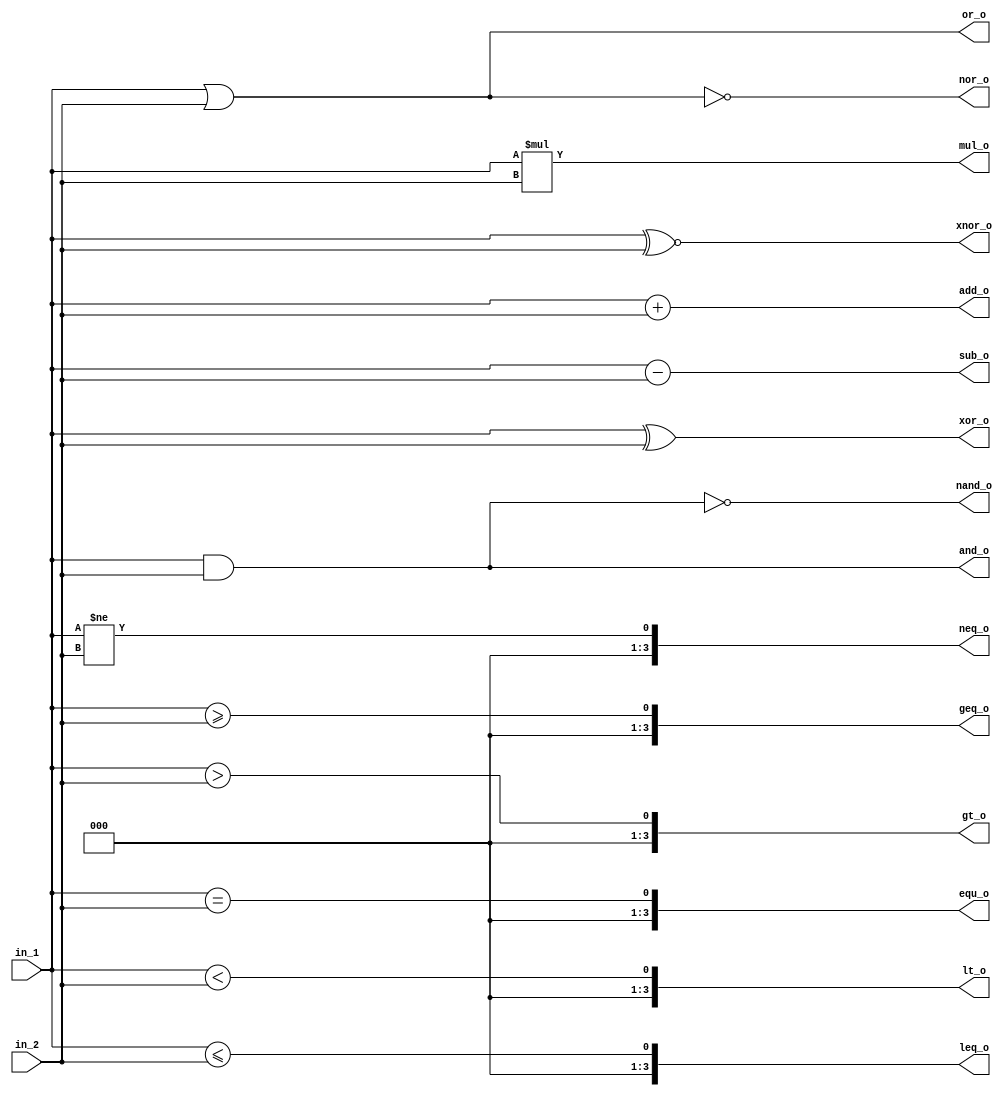
// This program was cloned from: https://github.com/haojunliu/OpenFPGA
// License: BSD 2-Clause "Simplified" License

`define BITS 4

module binops(
	in_1, in_2, 
	or_o, 
	nor_o, 
	and_o, 
	nand_o, 	
	xor_o,  
	xnor_o,

	add_o, 
	sub_o,
	
	mul_o, 
	//div_o, 

	equ_o, 
	neq_o, 

	gt_o, 
	lt_o,		
	geq_o, 
	leq_o
); 

input  [`BITS-1:0] in_1, in_2; 
output [`BITS-1:0] 
	or_o, 
	nor_o, 
	and_o, 
	nand_o, 	
	xor_o,  
	xnor_o,

	add_o, 
	sub_o,

	mul_o, 
	//div_o, 

	equ_o, 
	neq_o,

	gt_o, 
	lt_o,
	geq_o, 
	leq_o; 		


assign or_o    = in_1  | in_2; 
assign nor_o   = in_1 ~| in_2; 
assign and_o   = in_1  & in_2; 
assign nand_o  = in_1 ~& in_2;  
assign xor_o   = in_1  ^ in_2;
assign xnor_o  = in_1 ~^ in_2;  

assign add_o   = in_1  + in_2; 
assign sub_o   = in_1  - in_2;

assign mul_o   = in_1  * in_2;  
//assign div_o   = in_1 / in_2; 

assign equ_o   = in_1 == in_2; 
assign neq_o   = in_1 != in_2; 

assign gt_o    = in_1 >  in_2; 
assign lt_o    = in_1 <  in_2; 
assign geq_o   = in_1 >= in_2; 
assign leq_o   = in_1 <= in_2; 

endmodule